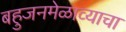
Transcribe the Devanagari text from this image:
बहुजनमेळाव्याचा